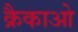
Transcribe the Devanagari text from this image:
क्रैकाओ